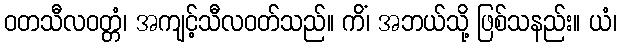
ဝတသီလဝတ္တံ၊ အကျင့်သီလဝတ်သည်။ ကိံ၊ အဘယ်သို့ ဖြစ်သနည်း။ ယံ၊